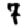
Digit: 7